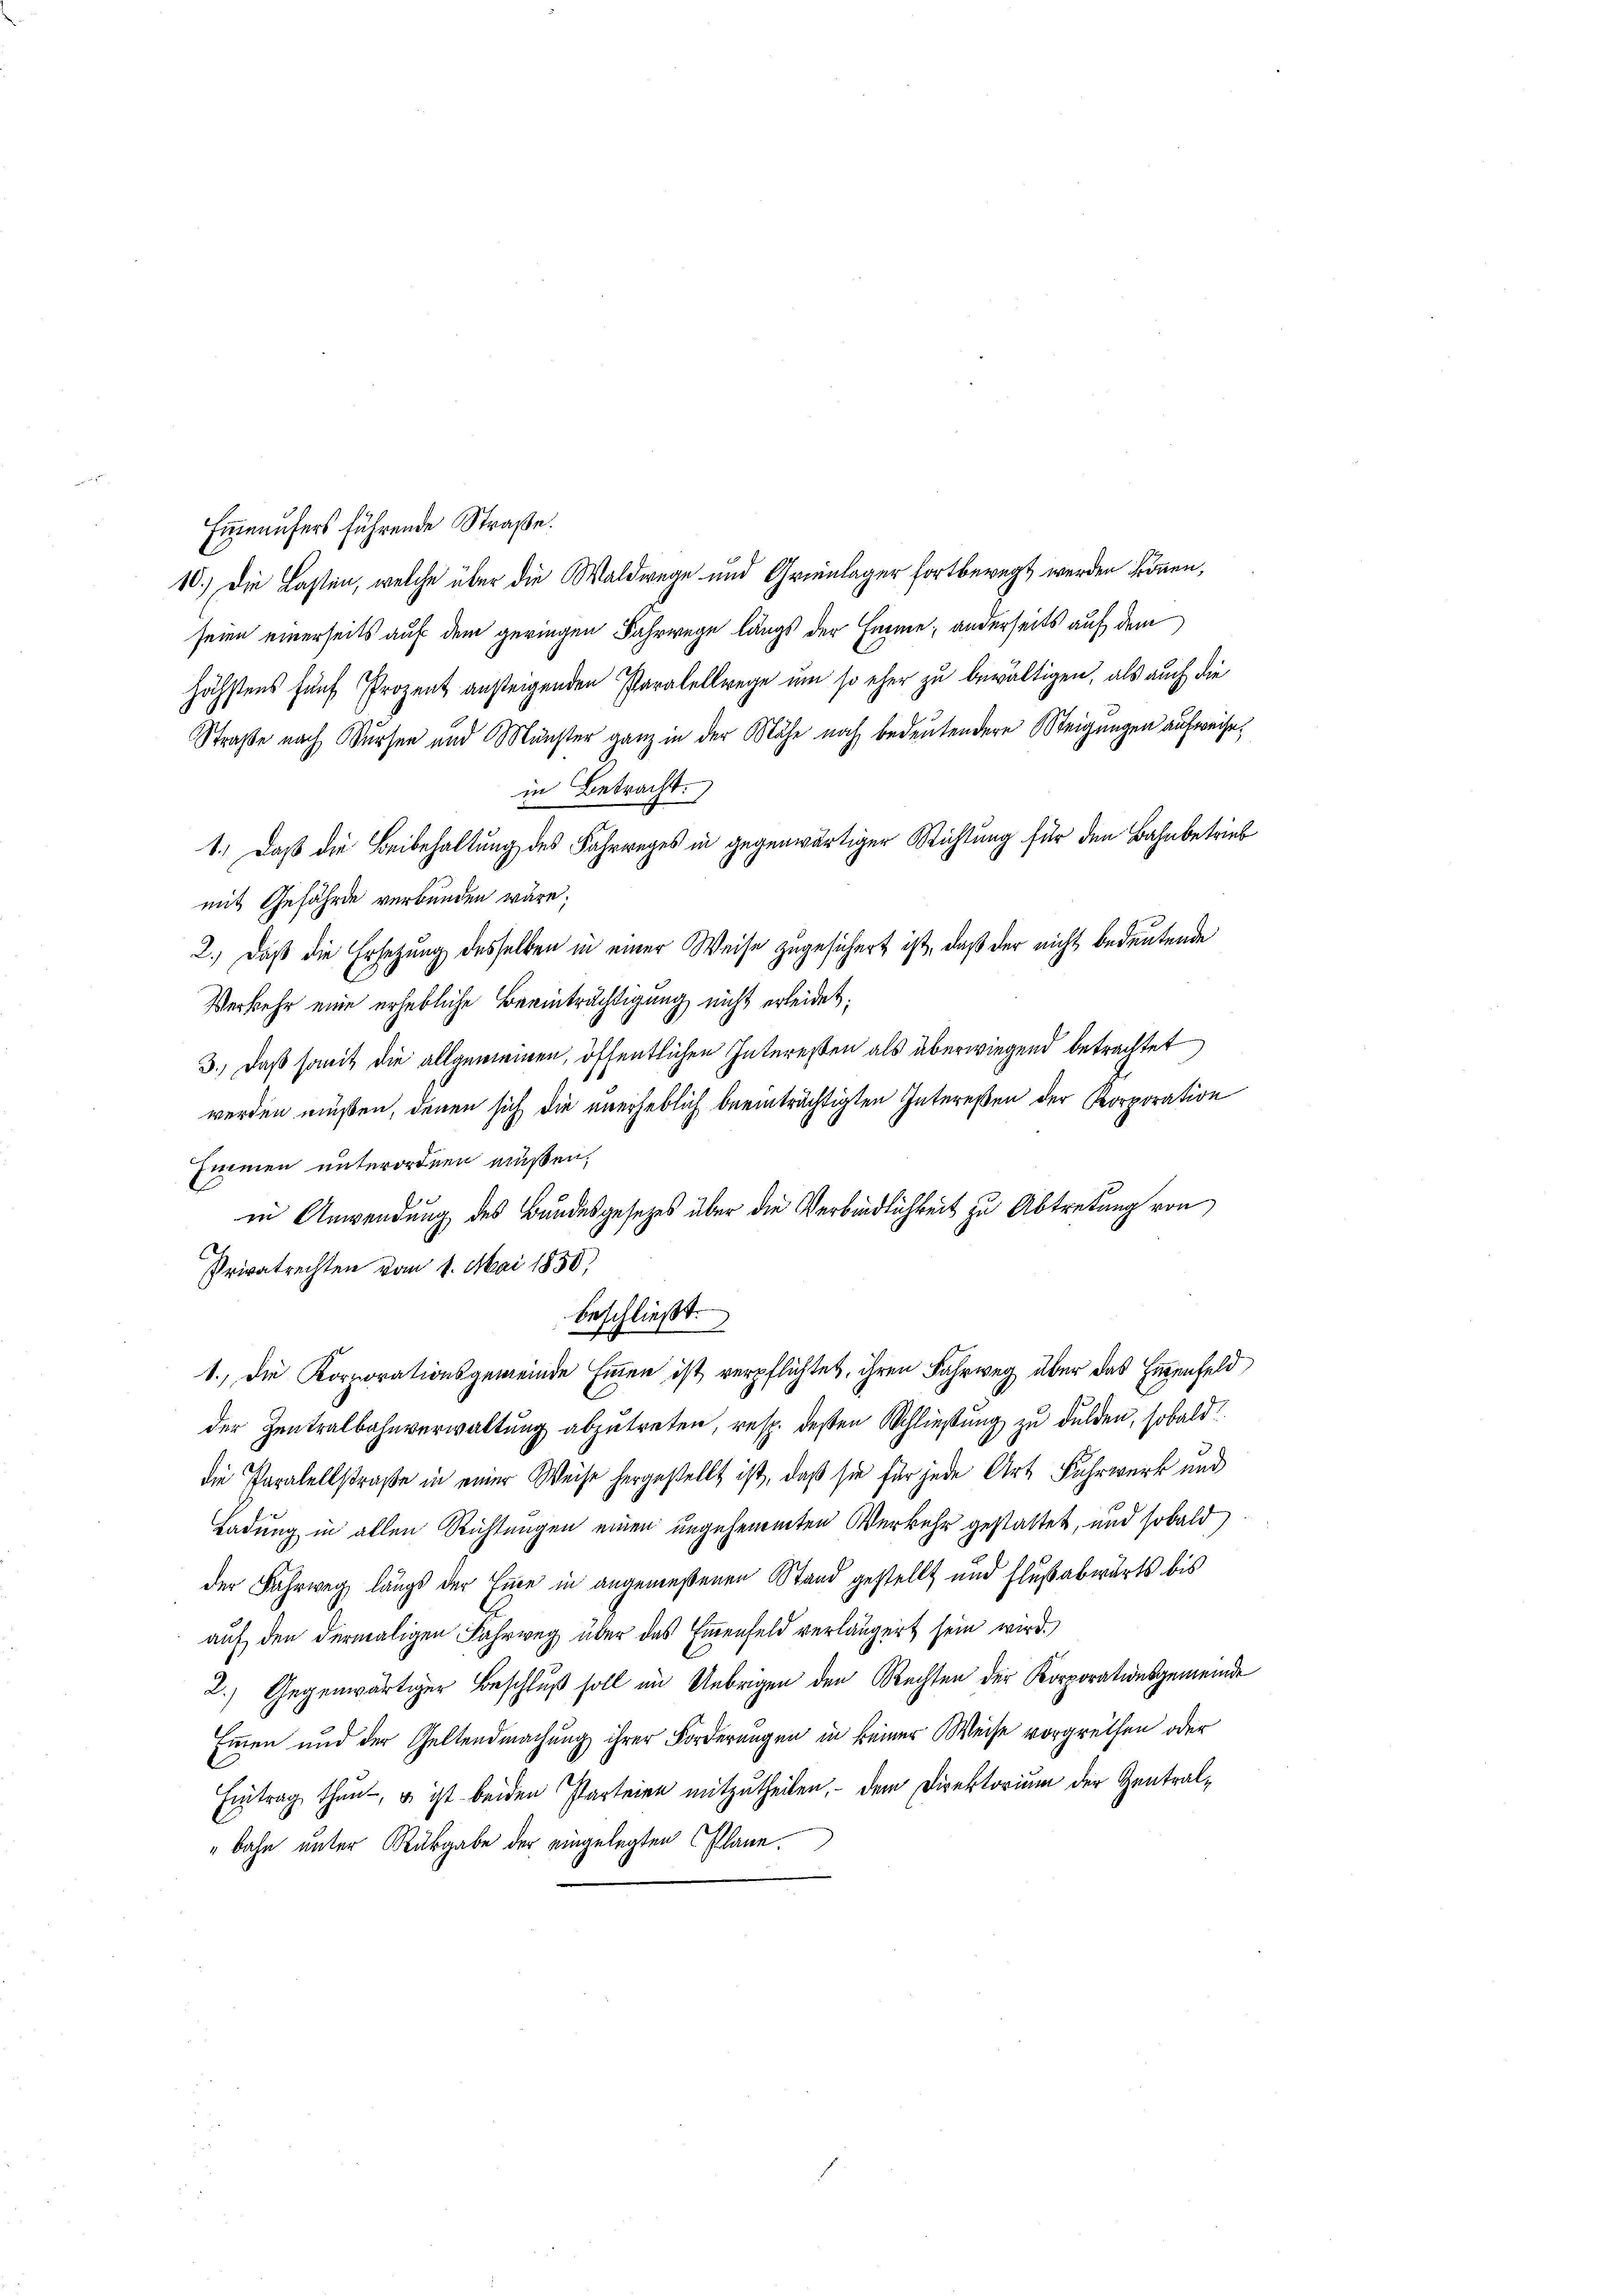
Eieeufers führende Straße.
10.) Die Lasten, welche über die Waldwege und Grenlager fortberegt werden können,
seien einerseits auf dem geringen Fahrwege längs der Emme; anderseits auf dem
höchstens fünf Prozent ansteigenden Paralellwege um so eher zu bewältigen, als auch die
Straße nach Wurzen und Münster ganz in der Mähe noch bedeutendere Neigungen aufweisein Betracht.
1.) Daß die Beibehaltung des Fahrweges in gegenwärtiger Richtung für den Bahnbetrieb
mit Gefährde verbunden wäre;
2.) Daß die Ersetzung desselben in einer Weise zugesichert ist, daß der nicht bedeutende
Verkehr eine erhebliche Beeinträchtigung nicht erleidet:
3.) Daß somit die allgemeinen, öffentlichen Interessen als überwiegend betrachtet
werden müßen, denen sich die unerheblich beeinträchtigten Intereßen der Korporation
Immen unterordnen müßen.
in Anwendung des Bundesgesetzes über die Verbindlichkeit zu Abtretung von
Privatrechten vom 1. Mai 1850;
beschließt:
1., die Korporationsgemeinde Einen ist verpflichtet, ihren Fahrweg über das Einenfeld
der Zentralbahnverwaltung abzutreten, resp. deßen Schließung zu dulden, sobald
die Paralellstraße in einer Weise hergestellt ist, daß sie für jede Art Fuhrwerk und
Ladung in allen Richtungen einen ungehemmten Verkehr gestattet, und sobald
der Fahrweg längs der Eine in angemeßenen Stand gestellt und Flußabwärts bis
auf den dermaligen Fahrweg über das Emmenfeld verlängert sein wird.
2.) Gegenwärtiger Beschluß soll im Uebrigen den Rechten der Korporationsgemeinde
Emmen und der Geltendmachung ihrer Forderungen in keiner Weise vorgrethen oder
Eintrag thun, u ist beiden Parteien mitzutheilen, dem Direktorium der Zentral¬
"bahn unter Rükgabe der eingelegten Plane.